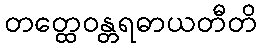
တတ္ထေဝန္တရဓာယတီတိ